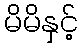
မိမိနှင့်